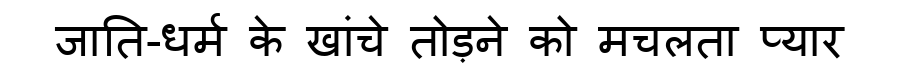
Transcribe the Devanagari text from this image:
जाति-धर्म के खांचे तोड़ने को मचलता प्यार